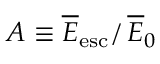
A \equiv \overline { E } _ { \mathrm { e s c } } / \, \overline { E } _ { 0 }